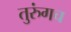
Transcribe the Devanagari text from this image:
तुरुंगच